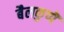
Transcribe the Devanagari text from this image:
बैलकुप्पॆ